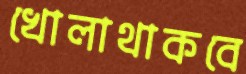
খোলাথাকবে